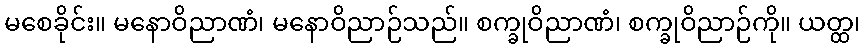
မစေခိုင်း။ မနောဝိညာဏံ၊ မနောဝိညာဉ်သည်။ စက္ခုဝိညာဏံ၊ စက္ခုဝိညာဉ်ကို။ ယတ္ထ၊